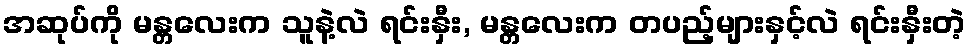
အဆုပ်ကို မန္တလေးက သူနဲ့လဲ ရင်းနှီး, မန္တလေးက တပည့်များနှင့်လဲ ရင်းနှီးတဲ့